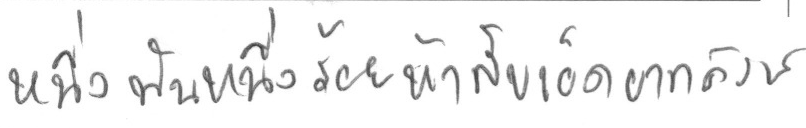
หนึ่งพันหนึ่งร้อยห้าสิบเอ็ดบาทถ้วน